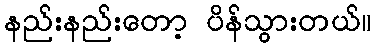
နည်းနည်းတော့ ပိန်သွားတယ်။